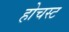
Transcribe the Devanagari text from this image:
होचस्ट